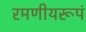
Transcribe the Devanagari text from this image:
रमणीयरूपं